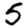
Digit: 5